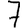
Digit: 7